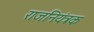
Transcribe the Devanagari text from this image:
राजनियंत्रक